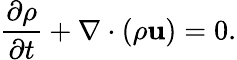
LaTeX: \frac{\partial\rho}{\partial t}+\nabla\cdot(\rho\mathbf{u})=0.